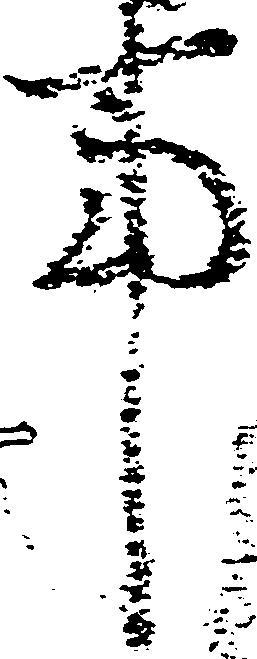
事